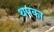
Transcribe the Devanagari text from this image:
थपका